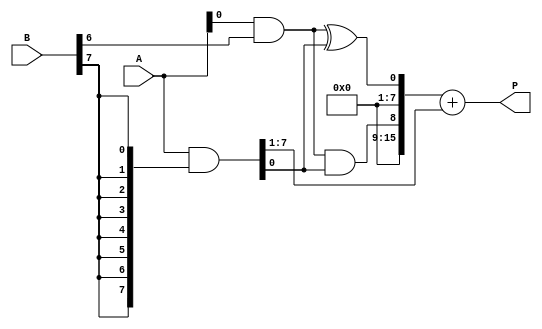
module WallaceTreeMultiplier #(parameter N = 8) (
    input  [N-1:0] A, // First multiplicand
    input  [N-1:0] B, // Second multiplicand
    output reg [2*N-1:0] P // Product of A and B
);

    // Internal wires for partial products
    wire [N-1:0] partial_products [0:N-1];
    
    // Generate Partial Products
    genvar i, j;
    generate
        for (i = 0; i < N; i = i + 1) begin : pp_gen
            assign partial_products[i] = A & {N{B[i]}};
        end
    endgenerate

    // Wallace Tree Reduction
    wire [N-1:0] sum_stage1 [0:N-1]; // First stage sums
    wire [N-1:0] carry_stage1 [0:N-1]; // First stage carries

    // Half Adder (HA) and Full Adder (FA) instances
    generate
        for (i = 0; i < N-1; i = i + 1) begin : wallace_tree_stage1
            if (i < N-1) begin
                // Half Adder for the first two bits
                assign sum_stage1[i] = partial_products[i][0] ^ partial_products[i+1][0];
                assign carry_stage1[i] = partial_products[i][0] & partial_products[i+1][0];
            end
            
            // Full Adder for the next bits if applicable
            if (i < N-2) begin
                assign sum_stage1[i+1] = partial_products[i][1] ^ partial_products[i+1][1] ^ carry_stage1[i];
                assign carry_stage1[i+1] = (partial_products[i][1] & partial_products[i+1][1]) | (carry_stage1[i] & (partial_products[i][1] ^ partial_products[i+1][1]));
            end
        end
    endgenerate
    
    // Final Summation
    wire [2*N-1:0] final_sum;
    assign final_sum = {carry_stage1[N-2], sum_stage1[N-2]} + {1'b0, partial_products[N-1][N-1:1]};

    // Output the final product
    always @(*) begin
        P = final_sum;
    end

endmodule